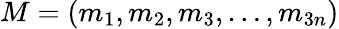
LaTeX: M=(m_{1},m_{2},m_{3},\ldots,m_{3n})